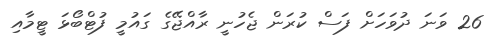
26 ވަނަ ދުވަހަށް ފަސް ކުރަން ޖެހުނީ ރާއްޖޭގެ ގައުމީ ފުޓްބޯޅަ ޓީމާއި